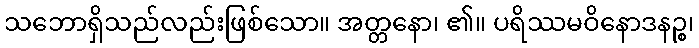
သဘောရှိသည်လည်းဖြစ်သော။ အတ္တနော၊ ၏။ ပရိဿမဝိနောဒနဉ္စ၊